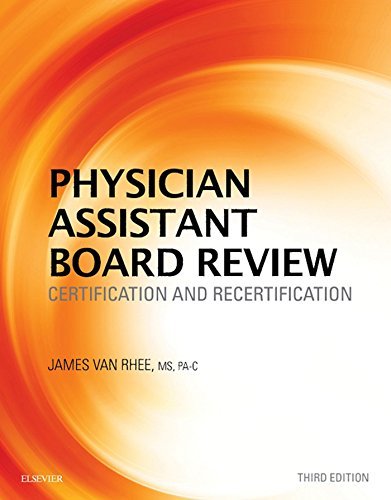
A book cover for Physician Assistant Board Review: Certification and Recertification, 3e; James Van Rhee MS  PA-C; Medical Books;